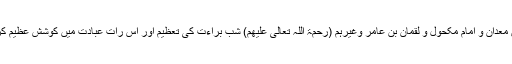
فتاویٰ رضویہ میں بحوالہ لَطائِفُ المعارِف ہے : ’’اہلِ شام میں آئمہ تابعین مثل خالد بن مَعدان و امام مکحول و لقمان بن عامر وغیرہُم (رَحْمَۃُ اللّٰہِ تَعَالٰی عَلَیْھِم) شبِ براءت کی تعظیم اور اس رات عبادت میں کوششِ عظیم کرتے اور انہیں سے لوگوں نے اس کا فضل ماننا اور اس کی تعظیم کرنا اَخذ کیا ہے ۔